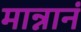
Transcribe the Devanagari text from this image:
मान्नानं